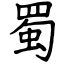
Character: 蜀